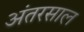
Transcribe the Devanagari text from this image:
अंतरसाल